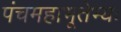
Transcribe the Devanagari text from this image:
पंचमहाभूतेभ्यः